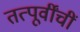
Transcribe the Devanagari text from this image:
तत्पूर्वींचीं